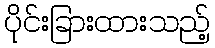
ပိုင်းခြားထားသည့်